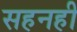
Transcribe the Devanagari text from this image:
सहनही